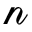
\mathscr { n }